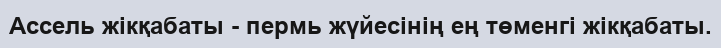
Ассель жікқабаты - пермь жүйесінің ең төменгі жікқабаты.